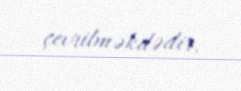
çevrilməkdədir.